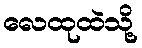
လေထုထဲသို့